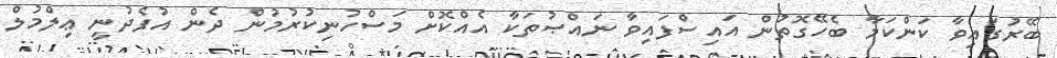
ބޭރުގައިވާ ކަންކަމާ ބެހޭގޮތުން އައިސްފައިވާ ނައްޞުތަކާ އެއްކޮށް މަސްހުނިކުރުމުން ދެން އުފެދުނީ ޢިލްމުލް